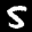
Label: 5